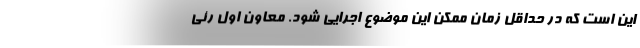
این است که در حداقل زمان ممکن این موضوع اجرایی شود. معاون اول رئی